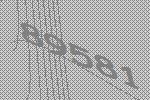
89581